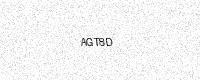
Text: AGT8D